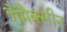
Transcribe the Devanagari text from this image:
गैमैक्सीन